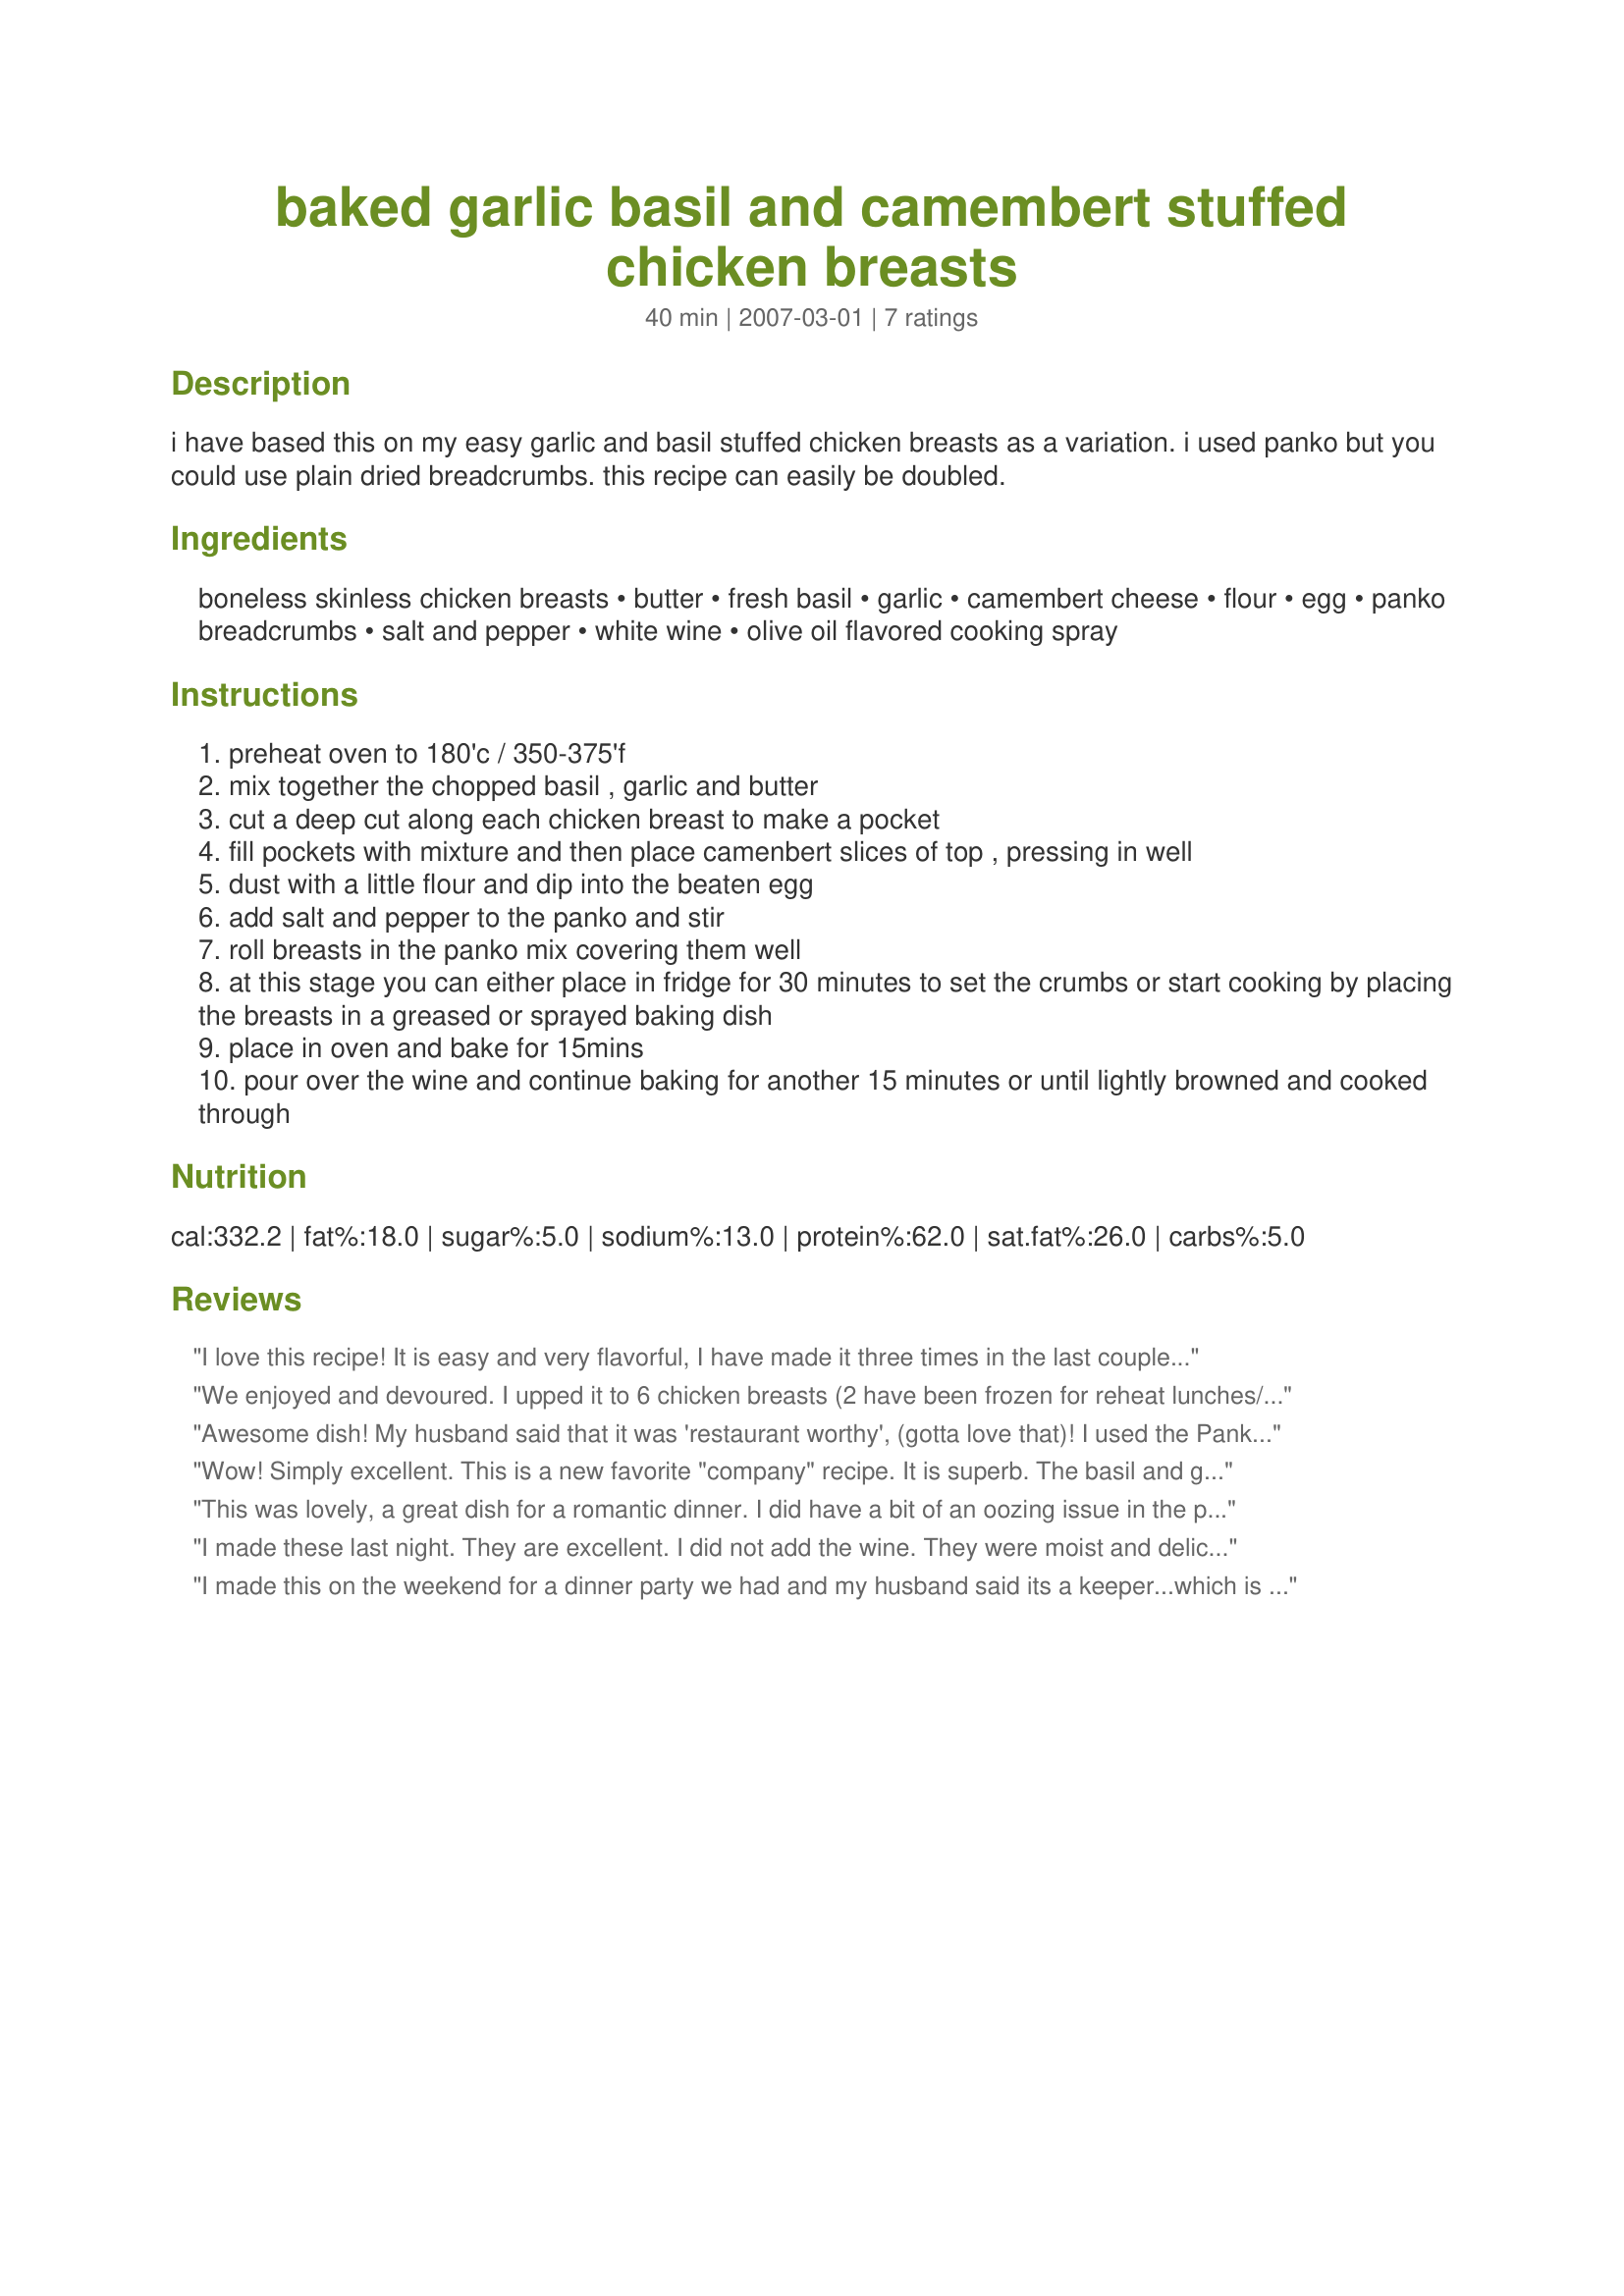
baked garlic basil and camembert stuffed chicken breasts
Preparation time: 40 minutes

i have based this on my easy garlic and basil stuffed chicken breasts as a variation. i used panko but you could use plain dried breadcrumbs. this recipe can easily be doubled.

Ingredients:
boneless skinless chicken breasts, butter, fresh basil, garlic, camembert cheese, flour, egg, panko breadcrumbs, salt and pepper, white wine, olive oil flavored cooking spray

Steps:
preheat oven to 180'c / 350-375'f
mix together the chopped basil , garlic and butter
cut a deep cut along each chicken breast to make a pocket
fill pockets with mixture and then place camenbert slices of top , pressing in well
dust with a little flour and dip into the beaten egg
add salt and pepper to the panko and stir
roll breasts in the panko mix covering them well
at this stage you can either place in fridge for 30 minutes to set the crumbs or start cooking by placing the breasts in a greased or sprayed baking dish
place in oven and bake for 15mins
pour over the wine and continue baking for another 15 minutes or until lightly browned and cooked through

Reviews:
I love this recipe! It is easy and very flavorful, I have made it three times in the last couple of months. I tried it with soft brie cheese... which was tasty too, but i preferred the camembert. I used regular crushed bread crumbs and they were fine. The white wine really helps to add a kick of flavor and keep the chicken moist. Thanks!
We enjoyed and devoured. I upped it to 6 chicken breasts (2 have been frozen for reheat lunches/dinners for the DH). I used regular dried bread crumbs. The chicken was moist and flavoursome. made for Make My Recipe - A Game of Tag.
Awesome dish! My husband said that it was 'restaurant worthy', (gotta love that)! I used the Panka bread crumbs and was very impressed with them. Definable you a recipe to try!!
Wow! Simply excellent. This is a new favorite "company" recipe. It is superb. The basil and garlic and cheese flavors are delicious. I thought it would be hard to make but it was simple. For the wine I used an Italian Pino Grigio that I also served as the accompanying wine for the meal. Excellent pairing of flavors. The wine in the recipe is necessary to keep the chicken moist and provides a delicious sauce that can be drizzled over the top of the meat. As I mentioned, I thought it would be hard but it wasn't; I used regular, seasoned bread crumbs straight off the shelf from the grocery store instead of the panko. One tip: cut the breasts from the thickest side. It took me a minute to figure out which side to cut. (being a novice chef). I also made the dish with gruyere (left over from a party three nights ago). Since it was a harder cheese, the gruyere browned beautifully and made a delicious crust on top of the chicken. Yum, yum, yum. The recipe is like a Chicken Cordon Bleu. However, I like this recipe better than Cordon Bleu; it seems just as fancy but tastes better and is simpler to make. Thank you Jen T for opening my eyes to a wonderful recipe.
This was lovely, a great dish for a romantic dinner. I did have a bit of an oozing issue in the pan but I simply poured the pan juices over the chicken when serving. I think I was a little conservative with the camembert so would use a bit more next time, but this is a winner for sure. Thanks Jen!
I made these last night. They are excellent. I did not add the wine. They were moist and delicious anyway. I made a mushroom dijon sauce to pour over and served with rice & green beans. Excellent dinner!!!
I made this on the weekend for a dinner party we had and my husband said its a keeper...which is the highest rating you can get for me! It was simply delicious. The only addition I made was an extra quarter of a cup of wine, making it half a cup that was poured over the chicken breasts and also I used seasoned breadcrumbs instead of Panko. A recipe that I will make again and again. I served it with caesar salad and warm crusty bread and the entire meal was demolished by all. Thanks for an awesome recipe.
